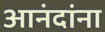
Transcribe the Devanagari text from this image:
आनंदांना